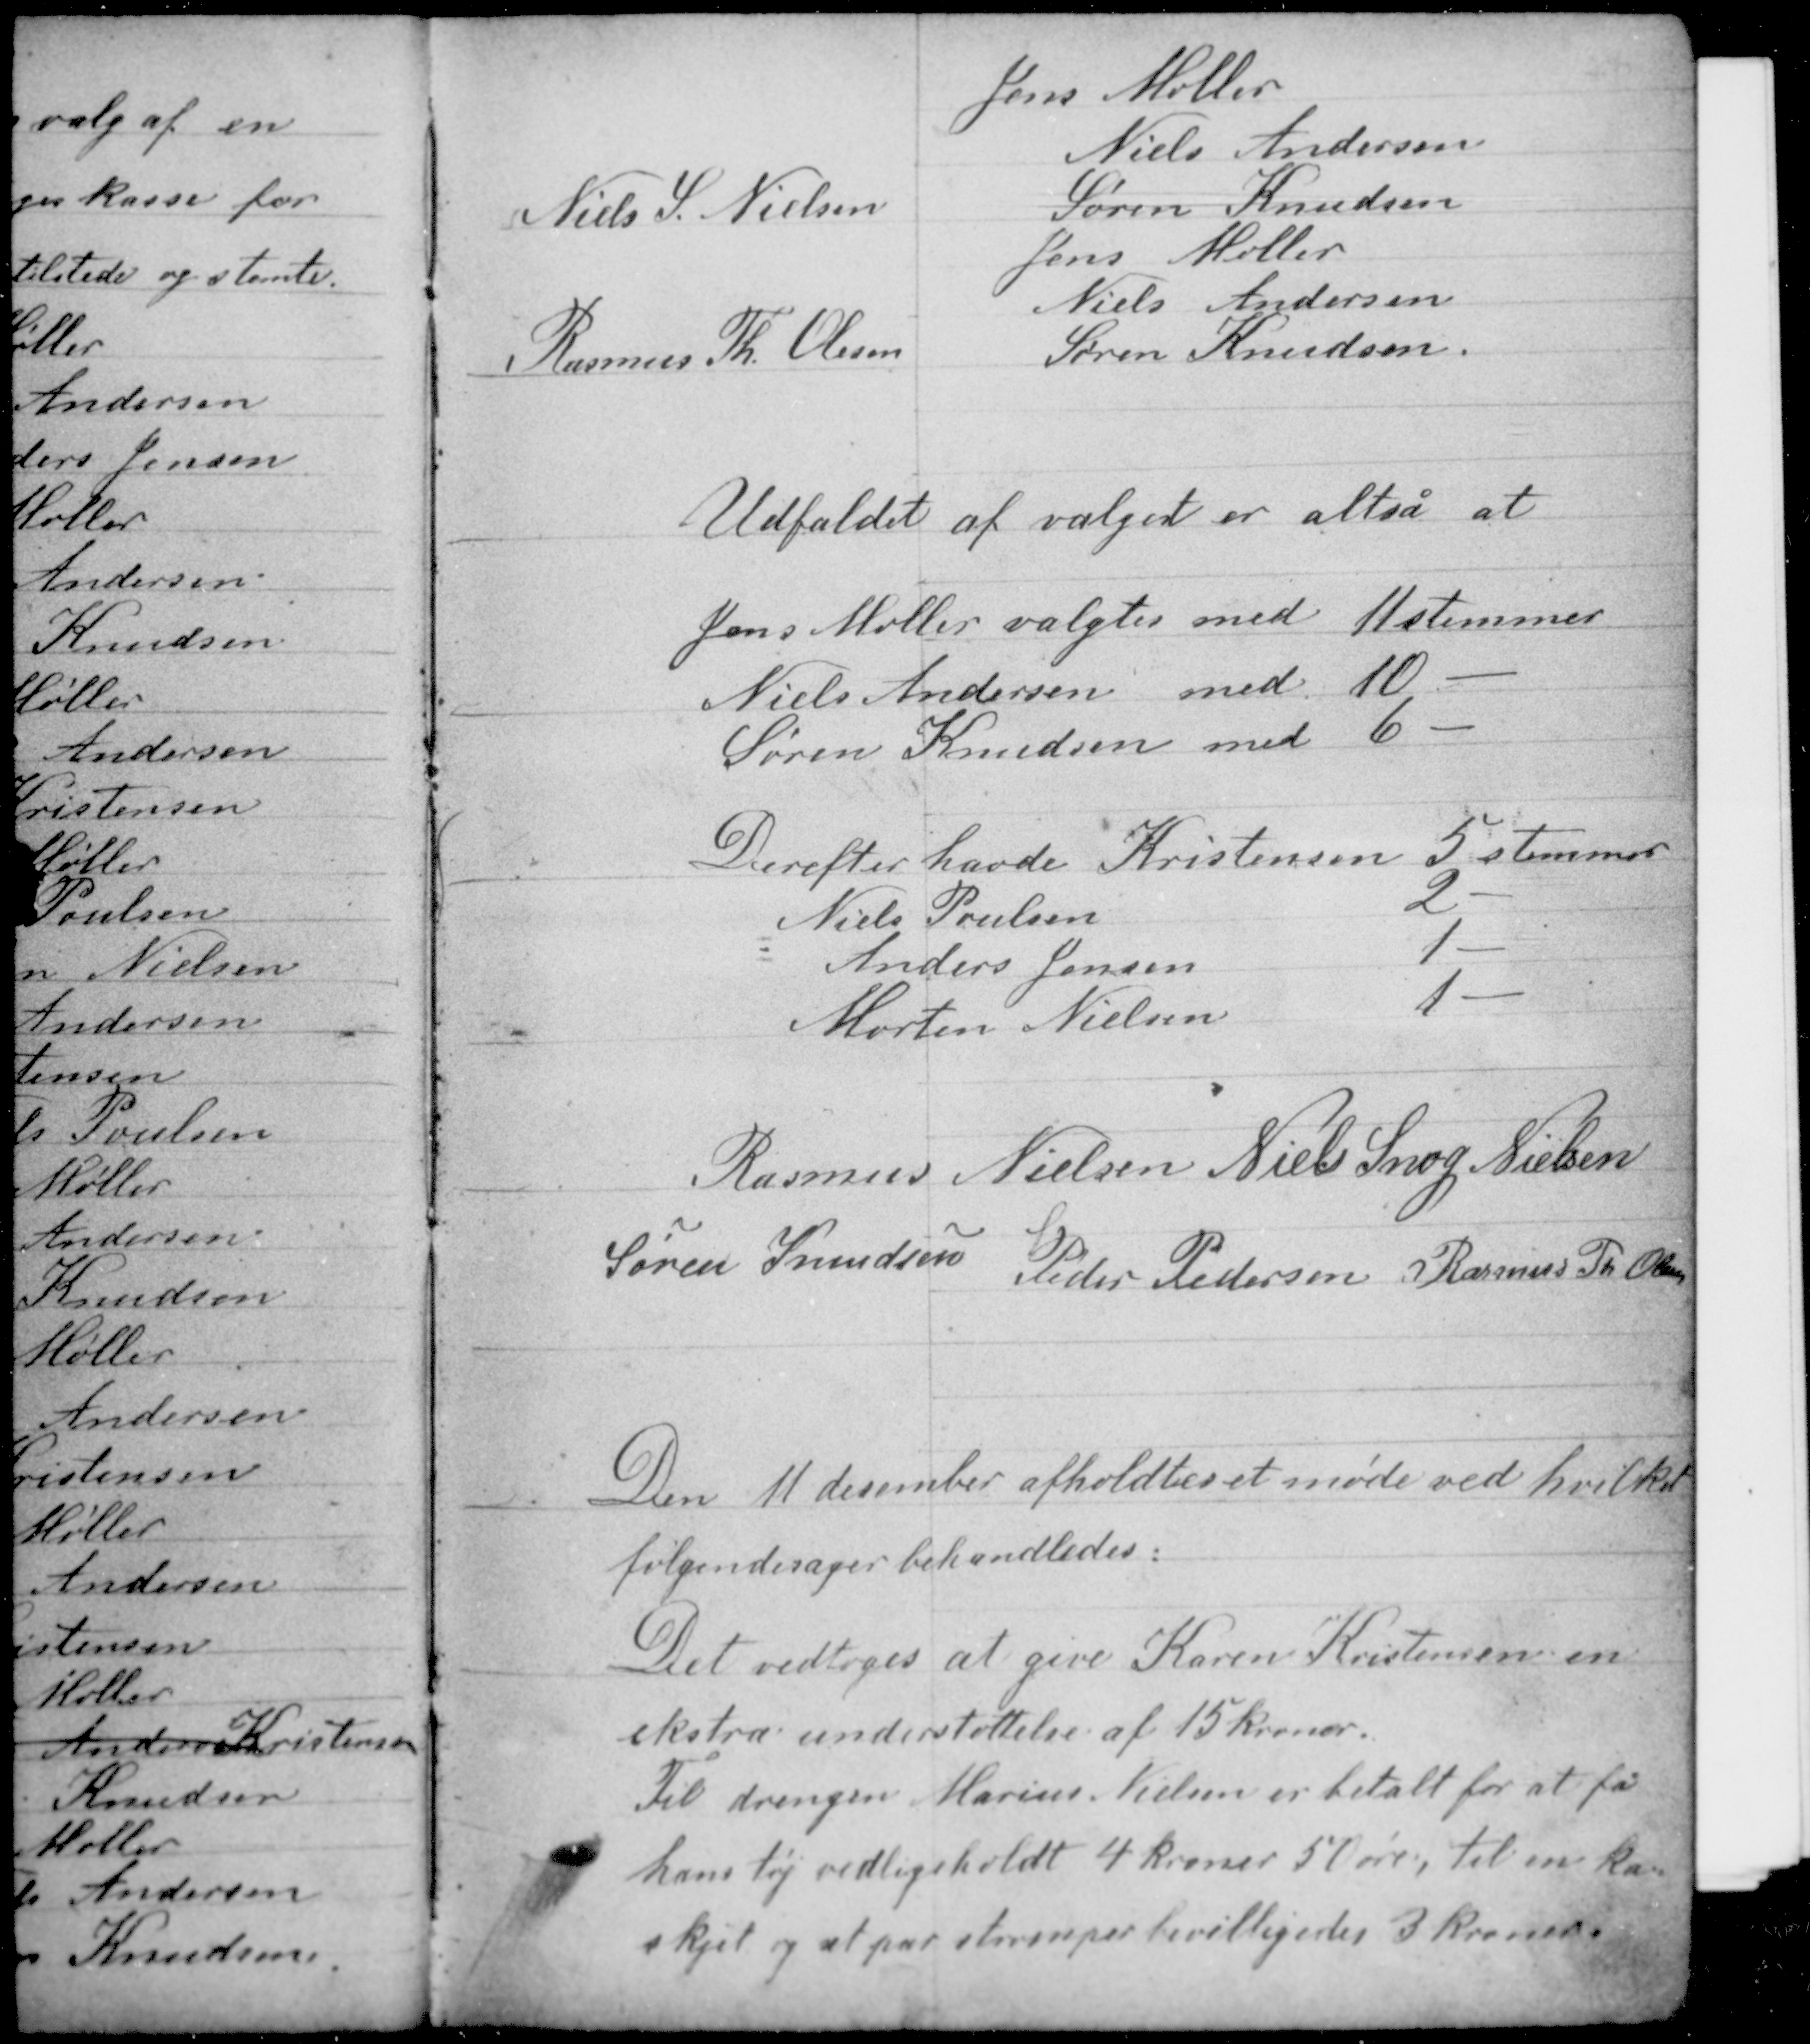
Transskription:
Udfaldet af valget er altså at

Jens Møller valgtes med 11 stemmer
Niels Andersen med 10 -
Søren Knudsen med 6 -

Derefter havde Kristensen 5 stemmer
Niels Poulsen 2 -
Anders Jensen 1 -
Morten Nielsen 1 -

Rasmus Nielsen Niels Snog Nielsen
Søren Knudsen Peder Pedersen Rasmus Th Olesen

Den 11 december afholdtes et møde ved hvilket
følgende sager behandledes:
Det vedtoges at give Karen Kristensen en
ekstra understøttelse af 15 kroner.
Til drengen Marius Nielsen er betalt for at få
hans tøj vedligeholdt 4 kroner 50 øre, til en ka-
skjet og et par strømper bevilligedes 3 kroner